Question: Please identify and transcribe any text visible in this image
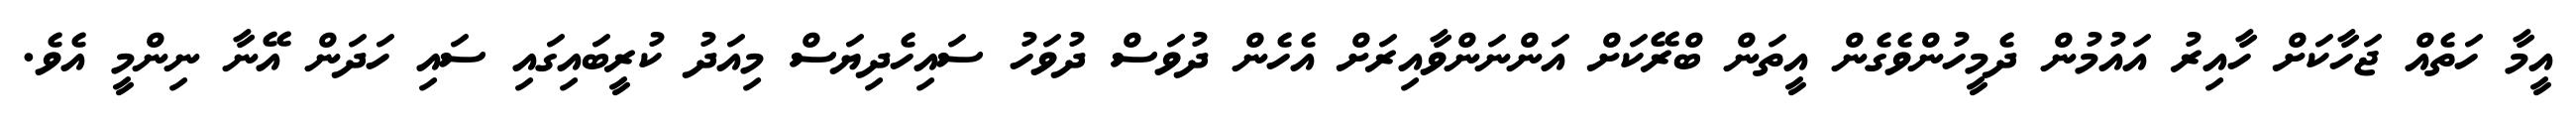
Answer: އީމާ ހަތެއް ޖަހާކަށް ހާއިރު އައުމުން ދެމީހުންވެގެން އީތަން ބްރޭކަށް އަންނަންވާއިރަށް އެހެން ދުވަސް ދުވަހު ސައިހެދިޔަސް މިއަދު ކުރީބައިގައި ސައި ހަދަން އޭނާ ނިންމީ އެވެ.